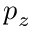
p _ { z }